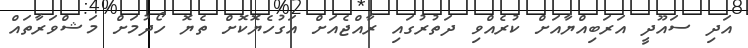
އަދި ސައޫދީ އަރަބިއްޔާއަށް ކުރެއްވި ދަތުރުގައި ރާއްޖެއަށް އަގުހެޔޮކޮށް ތެޔޮ ހޯދުމަށް މަޝްވަރާތައް